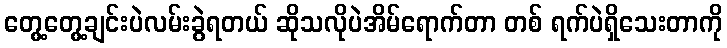
တွေ့တွေ့ချင်းပဲလမ်းခွဲရတယ် ဆိုသလိုပဲအိမ်ရောက်တာ တစ် ရက်ပဲရှိသေးတာကို